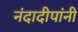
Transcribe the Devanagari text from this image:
नंदादीपांनी